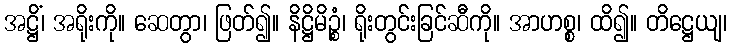
အဋ္ဌိံ၊ အရိုးကို။ ဆေတွာ၊ ဖြတ်၍။ နိဋ္ဌိမိဉ္စံ၊ ရိုးတွင်းခြင်ဆီကို။ အာဟစ္စ၊ ထိ၍။ တိဋ္ဌေယျ၊